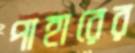
পাহারের